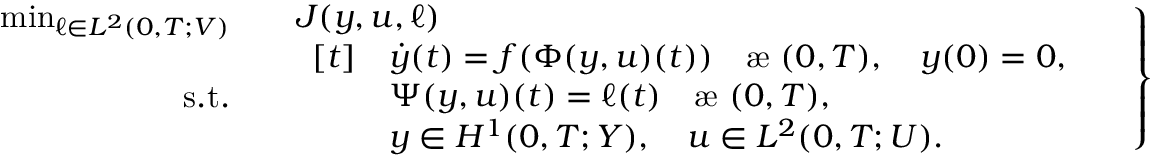
\left. \begin{array} { r l } { \operatorname* { m i n } _ { \ell \in L ^ { 2 } ( 0 , T ; V ) } \quad } & { J ( y , u , \ell ) } \\ { \mathrm { s . t . } \quad } & { \begin{array} { r l } { [ t ] } & { \dot { y } ( t ) = f ( \Phi ( y , u ) ( t ) ) \quad \mathrm { \ae ~ } ( 0 , T ) , \quad y ( 0 ) = 0 , } \\ & { \Psi ( y , u ) ( t ) = \ell ( t ) \quad \mathrm { \ae ~ } ( 0 , T ) , } \\ & { y \in H ^ { 1 } ( 0 , T ; Y ) , \quad u \in L ^ { 2 } ( 0 , T ; U ) . } \end{array} } \end{array} \quad \right\}